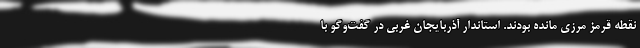
نقطه قرمز مرزی مانده بودند. استاندار آذربایجان غربی در گفت‌وگو با